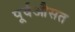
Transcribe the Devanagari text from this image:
पूर्वऔसत